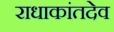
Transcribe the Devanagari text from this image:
राधाकांतदेव